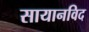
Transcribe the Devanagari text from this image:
सायानविद